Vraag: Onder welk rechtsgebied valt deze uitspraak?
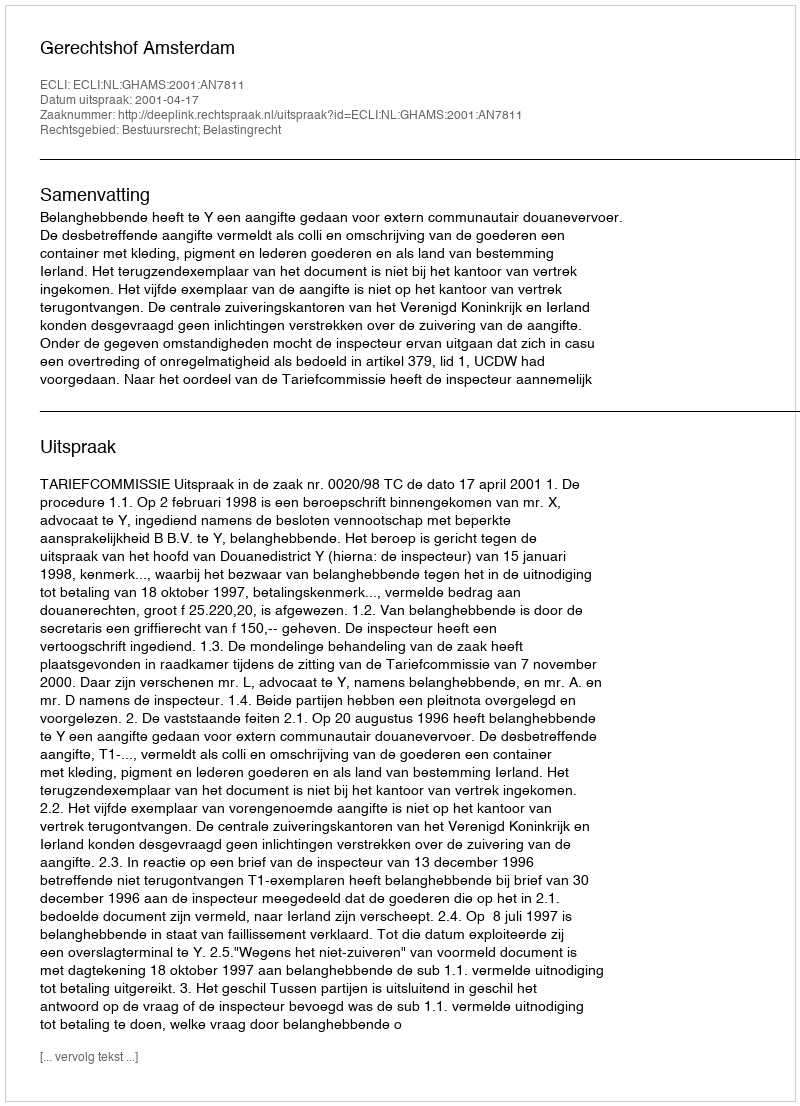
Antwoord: Bestuursrecht; Belastingrecht